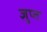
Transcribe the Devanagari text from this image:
ज्ञुप्‍त